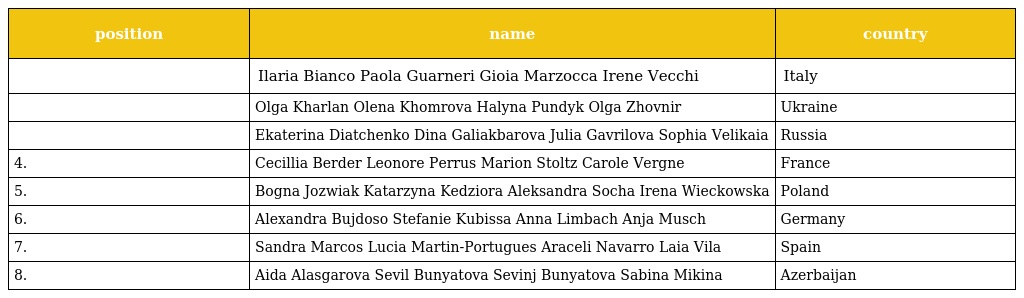
| position | name | country |
 | --- | --- | --- |
 |  | Ilaria Bianco Paola Guarneri Gioia Marzocca Irene Vecchi | Italy |
 |  | Olga Kharlan Olena Khomrova Halyna Pundyk Olga Zhovnir | Ukraine |
 |  | Ekaterina Diatchenko Dina Galiakbarova Julia Gavrilova Sophia Velikaia | Russia |
 | 4. | Cecillia Berder Leonore Perrus Marion Stoltz Carole Vergne | France |
 | 5. | Bogna Jozwiak Katarzyna Kedziora Aleksandra Socha Irena Wieckowska | Poland |
 | 6. | Alexandra Bujdoso Stefanie Kubissa Anna Limbach Anja Musch | Germany |
 | 7. | Sandra Marcos Lucia Martin-Portugues Araceli Navarro Laia Vila | Spain |
 | 8. | Aida Alasgarova Sevil Bunyatova Sevinj Bunyatova Sabina Mikina | Azerbaijan |